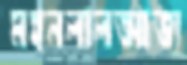
মহনলালআভ্য